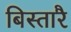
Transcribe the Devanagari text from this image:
बिस्तारै